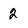
Character: 2